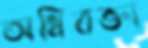
অধিবক্তা